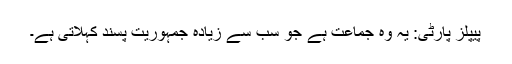
پیپلز پارٹی: یہ وہ جماعت ہے جو سب سے زیادہ جمہوریت پسند کہلاتی ہے۔